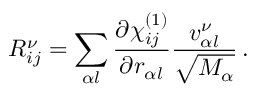
R _ { i j } ^ { \nu } = \sum _ { \alpha l } \frac { \partial \chi _ { i j } ^ { ( 1 ) } } { \partial r _ { \alpha l } } \frac { v _ { \alpha l } ^ { \nu } } { \sqrt { M _ { \alpha } } } \, .